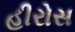
હીરોસ